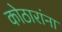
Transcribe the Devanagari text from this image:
कोठारांना